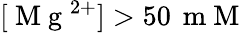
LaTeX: [\mathrm{~M~g~}^{2+}]>50\, \mathrm{~m~M~}